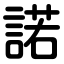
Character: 諾